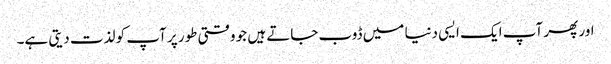
اور پھر آپ ایک ایسی دنیا میں ڈوب جاتے ہیں جو وقتی طور پر آپ کو لذت دیتی ہے۔